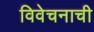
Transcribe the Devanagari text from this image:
विवेचनाची